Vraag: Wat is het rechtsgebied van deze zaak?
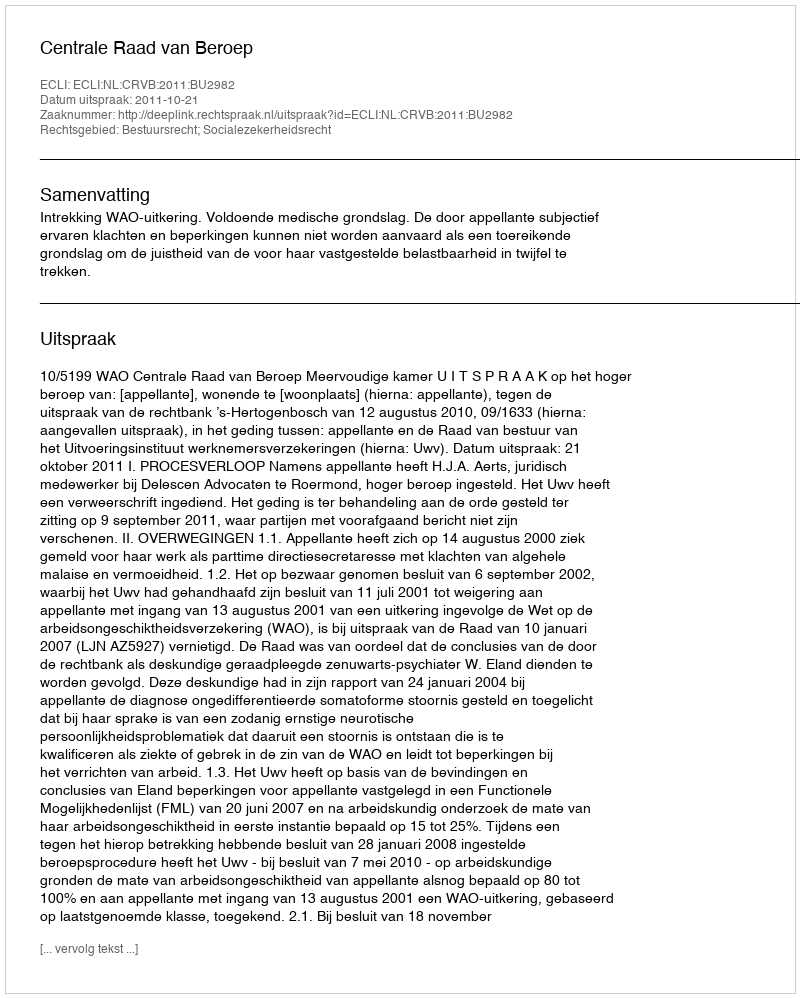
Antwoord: Bestuursrecht; Socialezekerheidsrecht